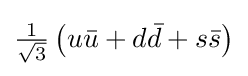
{\textstyle \mathrm {\frac {1}{\sqrt {3}}} \left(u{\bar {u}}+d{\bar {d}}+s{\bar {s}}\right)}